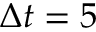
\Delta t = 5